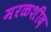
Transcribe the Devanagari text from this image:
मरळशीद